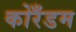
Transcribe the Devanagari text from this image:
कोरँडम